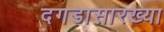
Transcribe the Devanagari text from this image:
दगडासारख्या